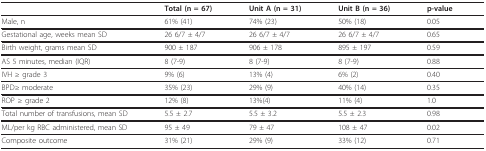
<table><thead><tr><td></td><td><b>Total (n = 67)</b></td><td><b>Unit A (n = 31)</b></td><td><b>Unit B (n = 36)</b></td><td><b>p-value</b></td></tr></thead><tbody><tr><td>Male, n</td><td>61% (41)</td><td>74% (23)</td><td>50% (18)</td><td>0.05</td></tr><tr><td>Gestational age, weeks mean SD</td><td>26 6/7 ± 4/7</td><td>26 6/7 ± 4/7</td><td>26 6/7 ± 4/7</td><td>0.65</td></tr><tr><td>Birth weight, grams mean SD</td><td>900 ± 187</td><td>906 ± 178</td><td>895 ± 197</td><td>0.59</td></tr><tr><td>AS 5 minutes, median (IQR)</td><td>8 (7-9)</td><td>8 (7-9)</td><td>8 (7-9)</td><td>0.88</td></tr><tr><td>IVH ≥ grade 3</td><td>9% (6)</td><td>13% (4)</td><td>6% (2)</td><td>0.40</td></tr><tr><td>BPD≥ moderate</td><td>35% (23)</td><td>29% (9)</td><td>40% (14)</td><td>0.35</td></tr><tr><td>ROP ≥ grade 2</td><td>12% (8)</td><td>13%(4)</td><td>11% (4)</td><td>1.0</td></tr><tr><td>Total number of transfusions, mean SD</td><td>5.5 ± 2.7</td><td>5.5 ± 3.2</td><td>5.5 ± 2.3</td><td>0.98</td></tr><tr><td>ML/per kg RBC administered, mean SD</td><td>95 ± 49</td><td>79 ± 47</td><td>108 ± 47</td><td>0.02</td></tr><tr><td>Composite outcome</td><td>31% (21)</td><td>29% (9)</td><td>33% (12)</td><td>0.71</td></tr></tbody></table>